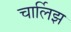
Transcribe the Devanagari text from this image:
चार्लिझ